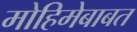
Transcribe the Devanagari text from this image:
मोहिमेबाबत